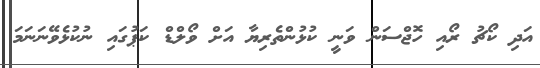
އަދި ކޯޗު ރޯއި ހޮޖްސަން ވަނީ ކުޅުންތެރިޔާ އަށް ވޯލްޑް ކަޕުގައި ނުކުޅެވޭނަނަމަ